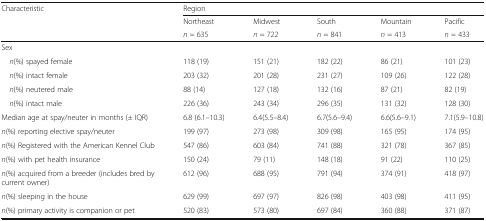
| <ROWSPAN=3> Characteristic | <COLSPAN=5> Region |
 | Northeast | Midwest | South | Mountain | Pacific |
 | n = 635 | n = 722 | n = 841 | n = 413 | n = 433 |
 | --- | --- | --- | --- | --- | --- |
 | <COLSPAN=6> Sex |
 | n(%) spayed female | 118 (19) | 151 (21) | 182 (22) | 86 (21) | 101 (23) |
 | n(%) intact female | 203 (32) | 201 (28) | 231 (27) | 109 (26) | 122 (28) |
 | n(%) neutered male | 88 (14) | 127 (18) | 132 (16) | 87 (21) | 82 (19) |
 | n(%) intact male | 226 (36) | 243 (34) | 296 (35) | 131 (32) | 128 (30) |
 | Median age at spay/neuter in months (± IQR) | 6.8 (6.1–10.3) | 6.4(5.5–8.4) | 6.7(5.6–9.4) | 6.6(5.6–9.1) | 7.1(5.9–10.8) |
 | n(%) reporting elective spay/neuter | 199 (97) | 273 (98) | 309 (98) | 165 (95) | 174 (95) |
 | n(%) Registered with the American Kennel Club | 547 (86) | 603 (84) | 741 (88) | 321 (78) | 367 (85) |
 | n(%) with pet health insurance | 150 (24) | 79 (11) | 148 (18) | 91 (22) | 110 (25) |
 | n(%) acquired from a breeder (includes bred by current owner) | 612 (96) | 688 (95) | 791 (94) | 374 (91) | 418 (97) |
 | n(%) sleeping in the house | 629 (99) | 697 (97) | 826 (98) | 403 (98) | 411 (95) |
 | n(%) primary activity is companion or pet | 520 (83) | 573 (80) | 697 (84) | 360 (88) | 371 (87) |